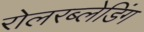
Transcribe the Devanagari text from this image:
रोलरब्लेडिंग